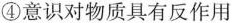
④意识对物质具有反作用